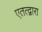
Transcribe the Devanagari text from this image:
एतत्द्वारा